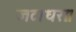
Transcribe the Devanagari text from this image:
जटाधराः।